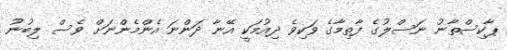
ޕާކިސްތާނު ނަސްލުގެ ފާތިމާގެ ވަކިވެ ދިއުމަކީ އޭނާ ދަންނަ އެންމެންނަށް ވެސް ލިބުނު